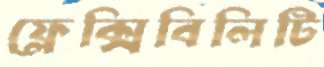
ফ্লেক্সিবিলিটি